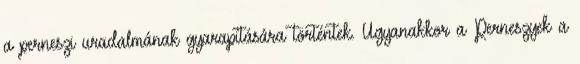
a perneszi uradalmának gyarapítására történtek. Ugyanakkor a Perneszyek a